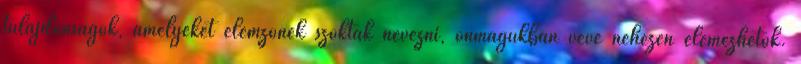
tulajdonságok, amelyeket elemzőnek szoktak nevezni, önmagukban véve nehezen elemezhetők.